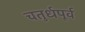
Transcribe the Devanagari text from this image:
चतुर्धपूर्व